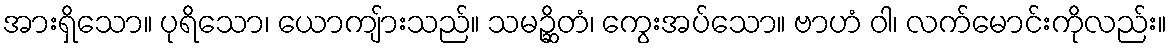
အားရှိသော။ ပုရိသော၊ ယောကျ်ားသည်။ သမဉ္ဆိတံ၊ ကွေးအပ်သော။ ဗာဟံ ဝါ၊ လက်မောင်းကိုလည်း။